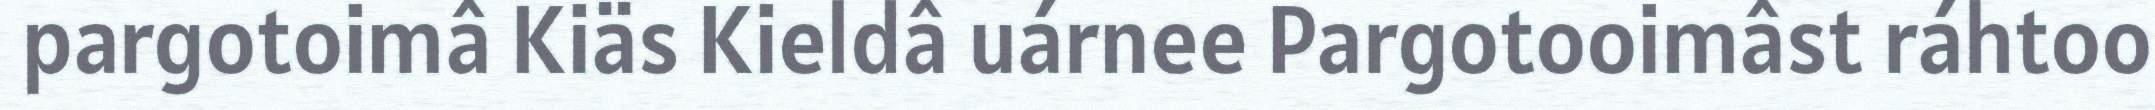
pargotoimâ Kiäs Kieldâ uárnee Pargotooimâst ráhtoo